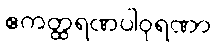
ဧကတ္ထရဏပါဝုရဏာ